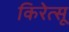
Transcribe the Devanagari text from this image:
किरेत्सू